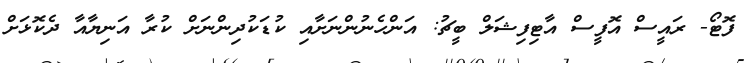
ފޮޓޯ- ރައީސް އޮފީސް އާޓިފިޝަލް ބީޗު: އަންހެނުންނަށާއި ކުޑަކުދިންނަށް ކުރާ އަނިޔާއާ ދެކޮޅަށް